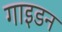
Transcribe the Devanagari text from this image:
गाइडन